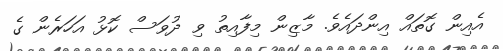
އެއިން ގޮތައް އިންދައެވެ. މާޒިން މިފާއިތު ވި ދުވަސް ކޮޅު އަހަރެން ގެ